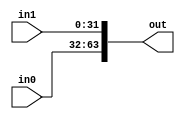
  module performance_Merge_i1524 ( 
in0,
 in1,
 out);
input [31:0] in0;
input [31:0] in1;
output [63:0] out;

assign out = {in0,in1};
endmodule